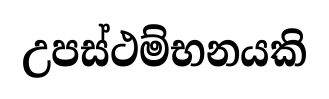
උපස්ථම්භනයකි